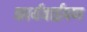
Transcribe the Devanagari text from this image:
कार्यवाईपण